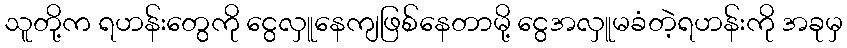
သူတို့က ရဟန်းတွေကို ငွေလှူနေကျဖြစ်နေတာမို့ ငွေအလှူမခံတဲ့ရဟန်းကို အခုမှ